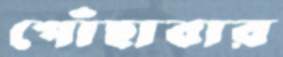
পোঁছাবার